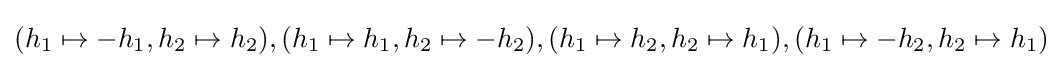
(h_{1}\mapsto -h_{1},h_{2}\mapsto h_{2}),(h_{1}\mapsto h_{1},h_{2}\mapsto -h_{2}),(h_{1}\mapsto h_{2},h_{2}\mapsto h_{1}),(h_{1}\mapsto -h_{2},h_{2}\mapsto h_{1})